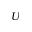
U